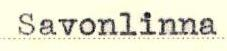
Savonlinna